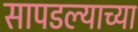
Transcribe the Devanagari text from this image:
सापडल्याच्या